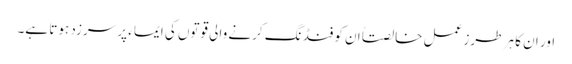
اور ان کا ہر طرز عمل خالصتاً ان کو فنڈ نگ کرنے والی قوتوں کی ایماء پر سرزد ہوتا ہے۔